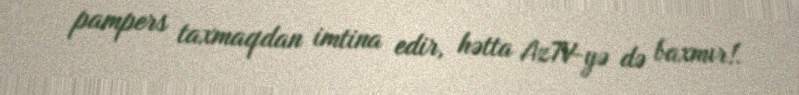
pampers taxmaqdan imtina edir, hətta AzTV-yə də baxmır!.